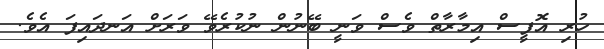
ހުރި އޮފީސް އިމާރާތް ވެސް ވަނީ ބޭނުން ނުކުރެވޭ ވަރަށް އަނދައިފަ އެވެ.